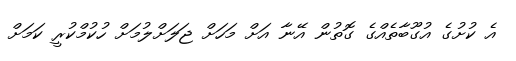
އެ ކުށުގެ އުގޫބާތެއްގެ ގޮތުން އޭނާ އަށް މަހަށް ޖަލަށްލުމަށް ހުކުމްކުރީ ކަމަށް